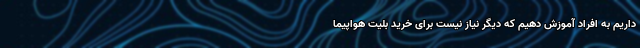
داریم به افراد آموزش دهیم که دیگر نیاز نیست برای خرید بلیت هواپیما